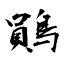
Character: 鶰